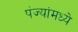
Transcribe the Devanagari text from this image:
पंज्यांमध्ये